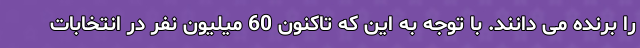
را برنده می دانند. با توجه به این که تاکنون 60 میلیون نفر در انتخابات